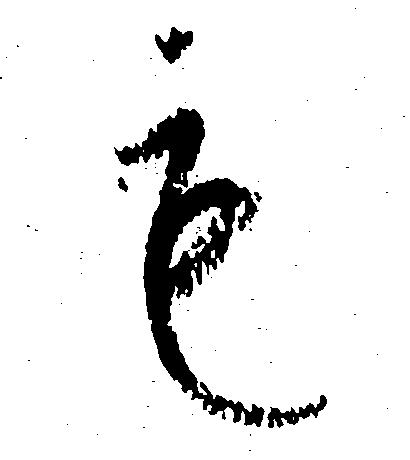
も